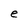
Character: e